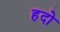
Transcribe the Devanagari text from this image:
हदो